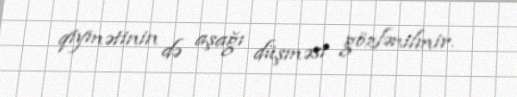
qiymətinin də aşağı düşməsi gözlənilmir.